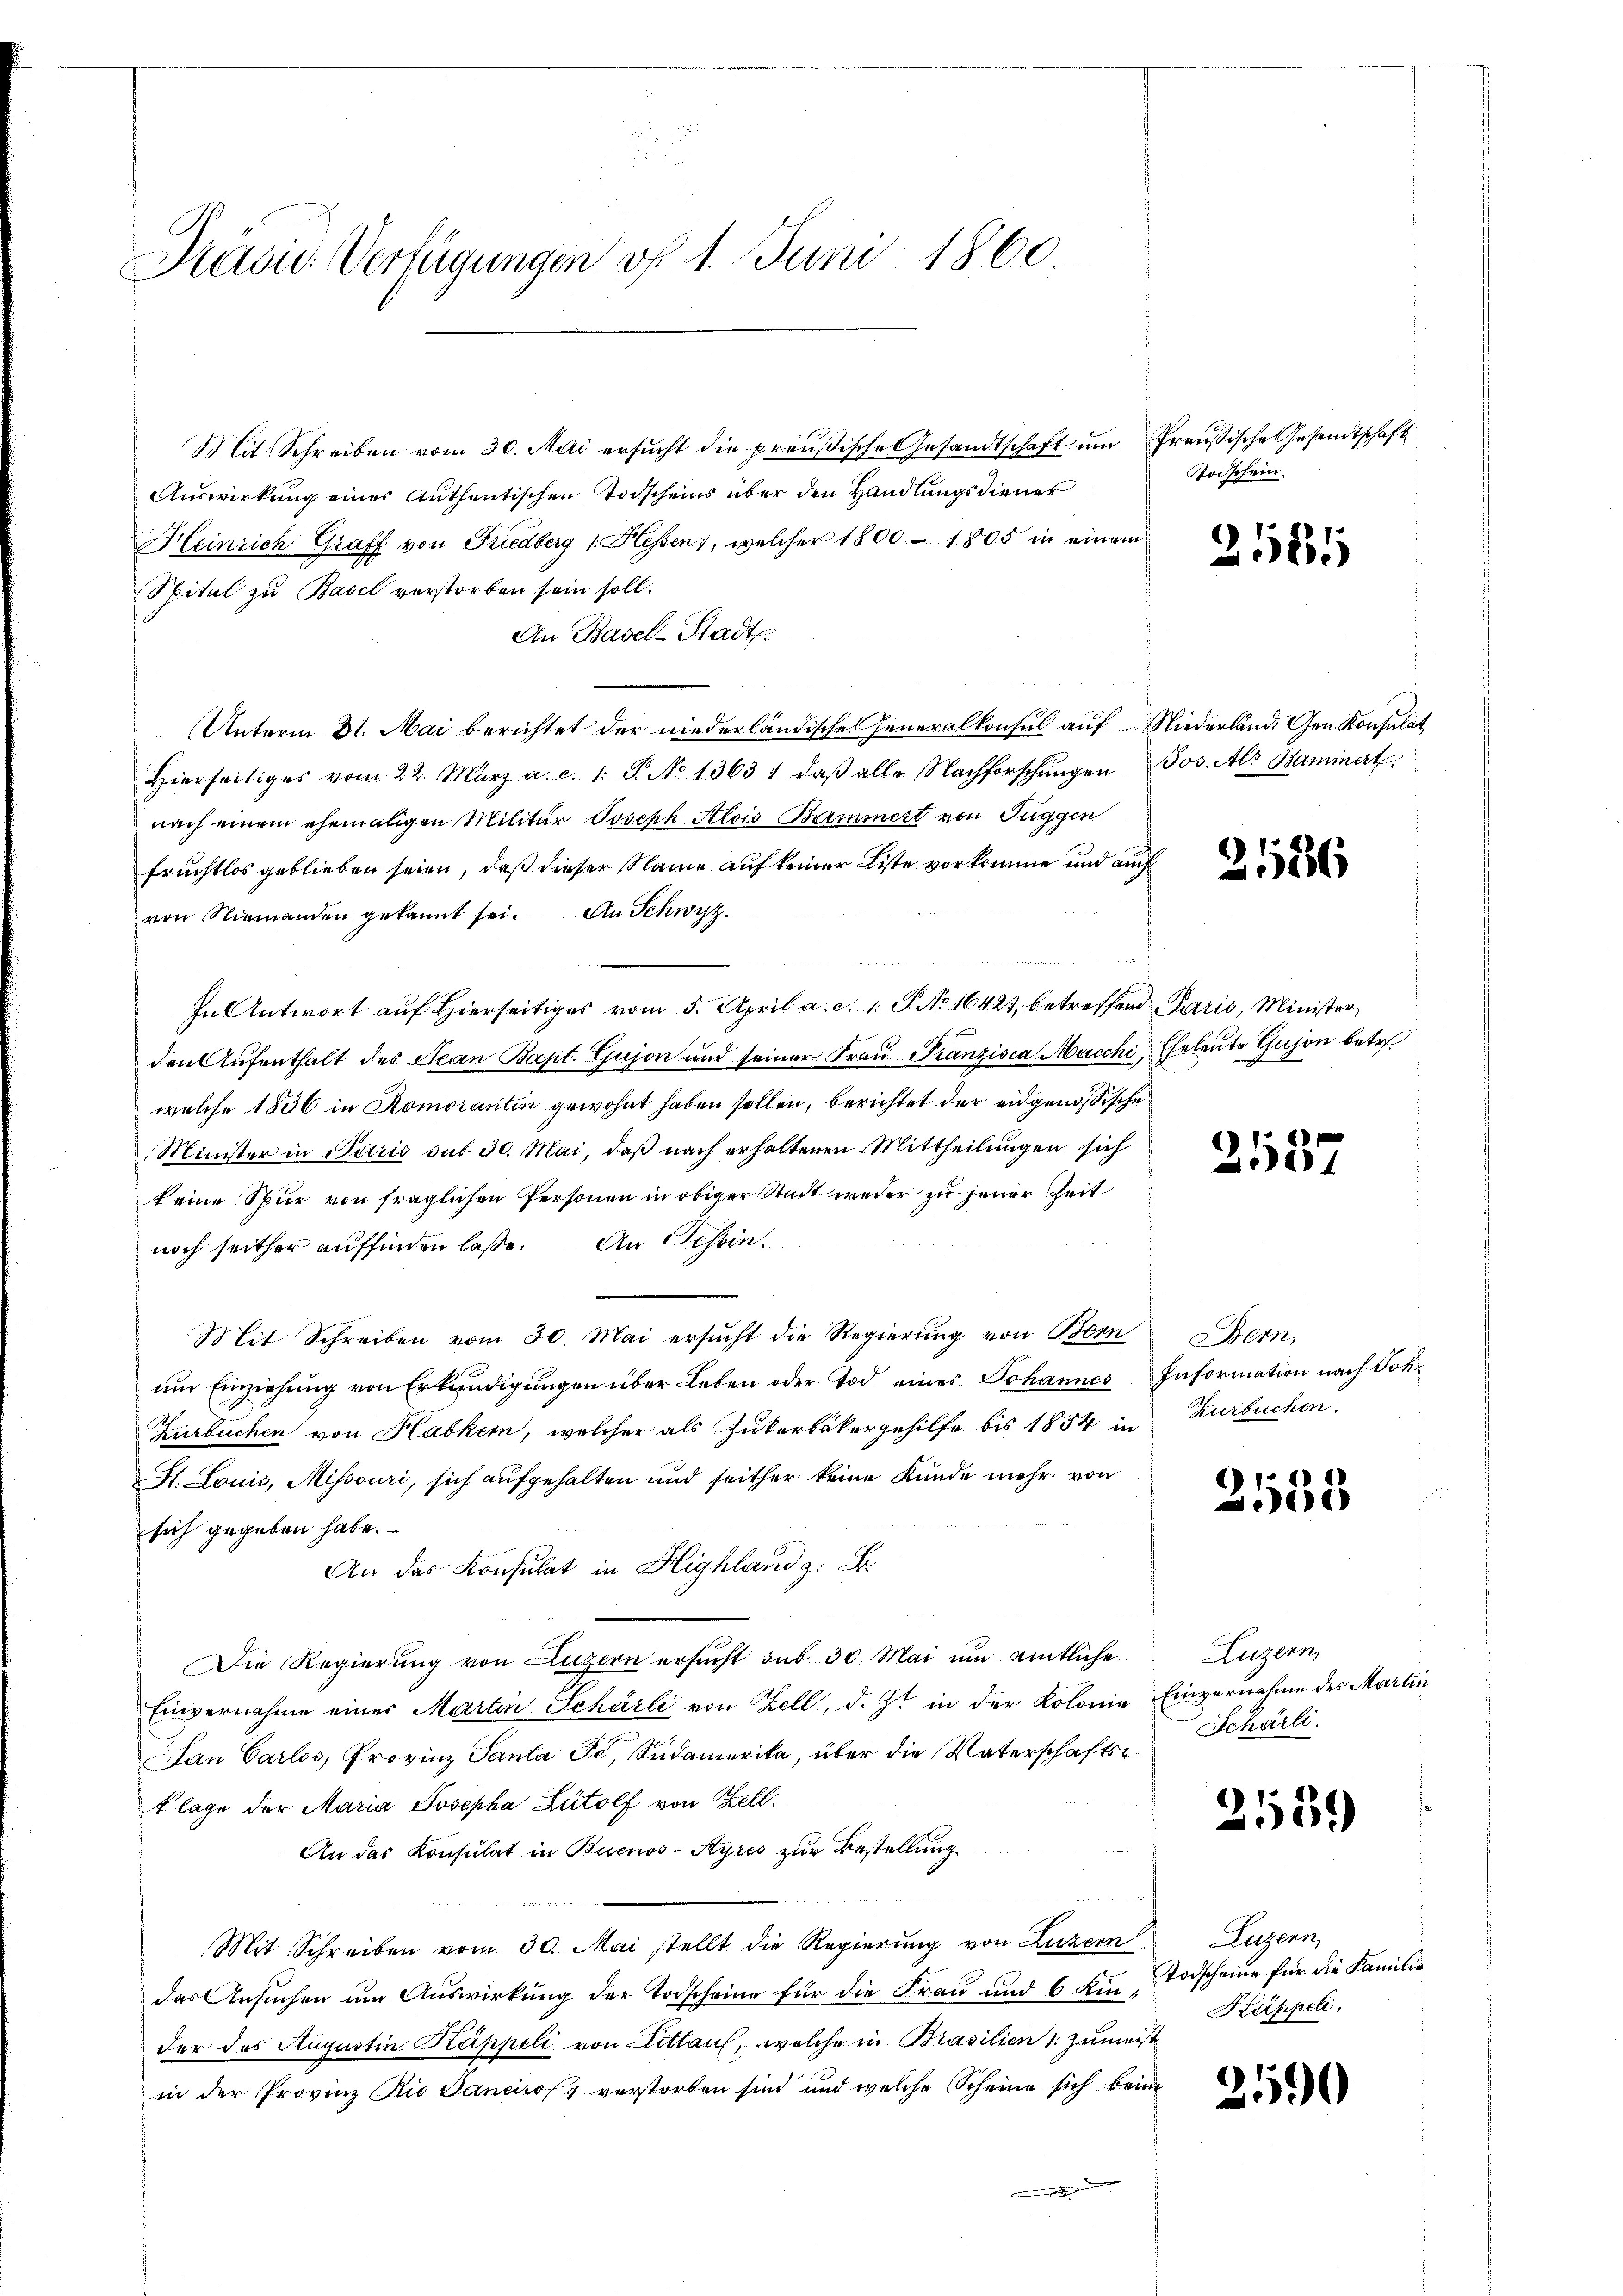
Präsid. Verfügungen vf 1. Juni 1860

Mit Schreiben vom 30. Mai ersŭcht die preußische Gesandtschaft ŭm freussische Gesandtschaft
Auswirkung eines Authentischen Todscheins über den Handlungsdiener
Heinrich Graff von Friedberg 1. Hessen, welcher 1800 - 1805 in einem
Spital zu Basel verstorben sein soll.
An Basel-Stadts.
Unterm 31. Mai berichtet der niederländischen Generalkonsul auf Niederländ. Gen. Konsulat
Hierseitiges vom 22. März a. c. 1. P. No 1363 1 daβ alle Nachforschŭngen Jos. Als Baminert
nach einem ehemaligen Militär Joseph Alois Bummert von Fuggen
Fruchtlos geblieben seien, daß dieser Name auf keiner Liste vorkomme und auch
von Niemanden gekannt sei. An Schwyz.
In Antwort auf hierseits vom 5. April a. c. 1. P. No 16424, betreffend Paris, Minister,
den Aufenthalt des Jean Bapt. Gujon und seiner Frau Franzisca Macchi, Eheleute Gujon betr.
welche 1836 in Romorantin gewohnt haben sollen, berichtet der eidgenössische
Minister in Paris sub 30. Mai, daß nach erhaltenen Mittheilungen sich
keine Spur von fraglichen Personen in obiger Stadt weder zu jener Zeit
noch seither auffinden lasse. An Tessin
Mit Schreiben vom 30. Mai ersucht die Regierung von Bern
ŭm Einziehŭng von Erkendigŭngen über Leben oder Tod eines Johannes Information nach Soh¬
Zurbuchen von Habkem, welcher als Zukerbäkergehilfe bis 1854 in Zurbuchen,
St. Louis, Missouri, sich aufgehalten und seither keine Kunde mehr von
sich gegeben habe.
An das Konsulat in Highland z. B.
Die Regierung von Luzern ersucht sub 30. Mai um amtliche
Einvernahme einer Martin Scharli von Zell, d. Js in der Kolonie Einvernahme des Martin
Dan Carlos, Provinz Santa Fé, Südamerika, über die Vaterschaftsklage der Maria Josepha Lütolf von Zell.
An das Konsulat in Buenos-Ayres zur Bestellung
Mit Schreiben vom 30. Mai stellt die Regierung von Luzern
das Ansŭchen ŭm Aŭswirkŭng der Todscheine für die Frau und 6 Ein Todscheine für die Familie
der des Augustin Kappeli von Littau, welche in Brasilien 1: Zumeist
in der Provinz Rio Sanciros, verstorben sind und welche Scheine sich beim

Todschein

21581

21586

)
.

Bern,

2555

Luzern
Schärli.

2559

Luzern,
Käppeli,

2590